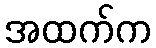
အထက်က